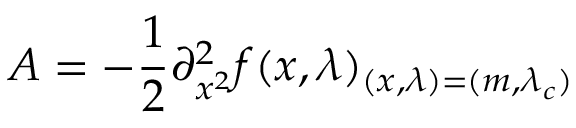
A = - \frac { 1 } { 2 } \partial _ { x ^ { 2 } } ^ { 2 } f ( x , \lambda ) _ { ( x , \lambda ) = ( m , \lambda _ { c } ) }